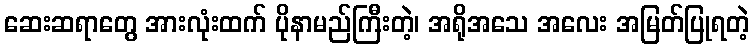
ဆေးဆရာတွေ အားလုံးထက် ပိုနာမည်ကြီးတဲ့၊ အရိုအသေ အလေး အမြတ်ပြုရတဲ့